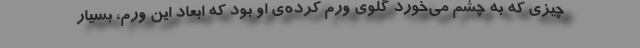
چیزی که به چشم می‌خورد گلوی ورم کرده‌ی او بود که ابعاد این ورم، بسیار